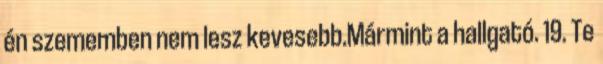
én szememben nem lesz kevesebb.Mármint a hallgató. 19. Te